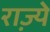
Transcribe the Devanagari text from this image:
रा़ज्ये